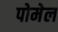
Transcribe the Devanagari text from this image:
पोमेल